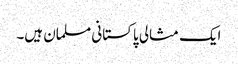
ایک مثالی پاکستانی مسلمان ہیں۔